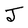
Character: J